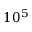
1 0 ^ { 5 }